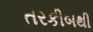
તરકીબથી